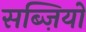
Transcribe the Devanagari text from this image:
सब्ज़ियो